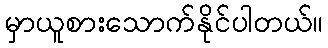
မှာယူစားသောက်နိုင်ပါတယ်။